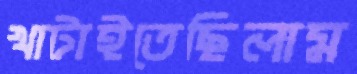
খাটাইতেছিলাম